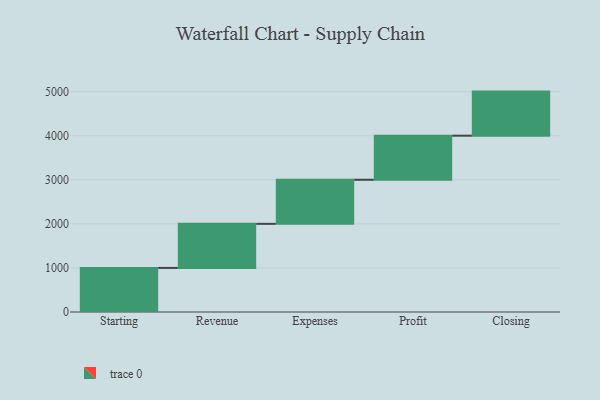
{"axis": {"x": "Step", "y": "Value"}, "legend": [""], "data": [{"x": "Starting", "y": 1000, "type": ""}, {"x": "Revenue", "y": 1000, "type": ""}, {"x": "Expenses", "y": 1000, "type": ""}, {"x": "Profit", "y": 1000, "type": ""}, {"x": "Closing", "y": 1000, "type": ""}]}